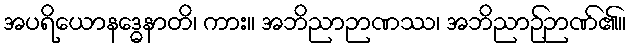
အပရိယောနဒ္ဓေနာတိ၊ ကား။ အဘိညာဉာဏဿ၊ အဘိညာဉ်ဉာဏ်၏။